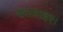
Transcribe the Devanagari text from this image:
बतलाइए।